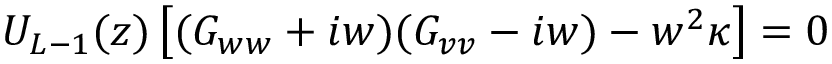
U _ { L - 1 } ( z ) \left[ ( G _ { w w } + i w ) ( G _ { v v } - i w ) - w ^ { 2 } \kappa \right] = 0